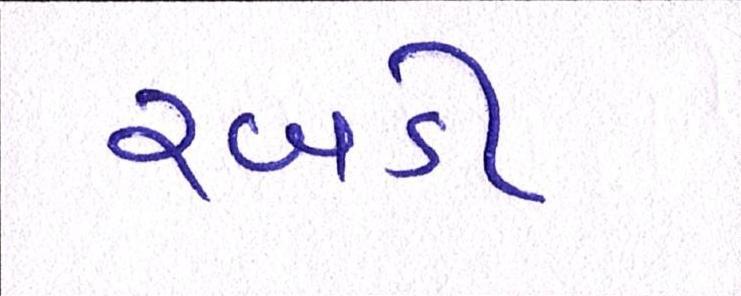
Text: રબડી